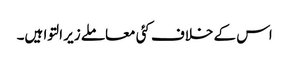
اس کے خلاف کئی معاملے زیر التوا ہیں۔